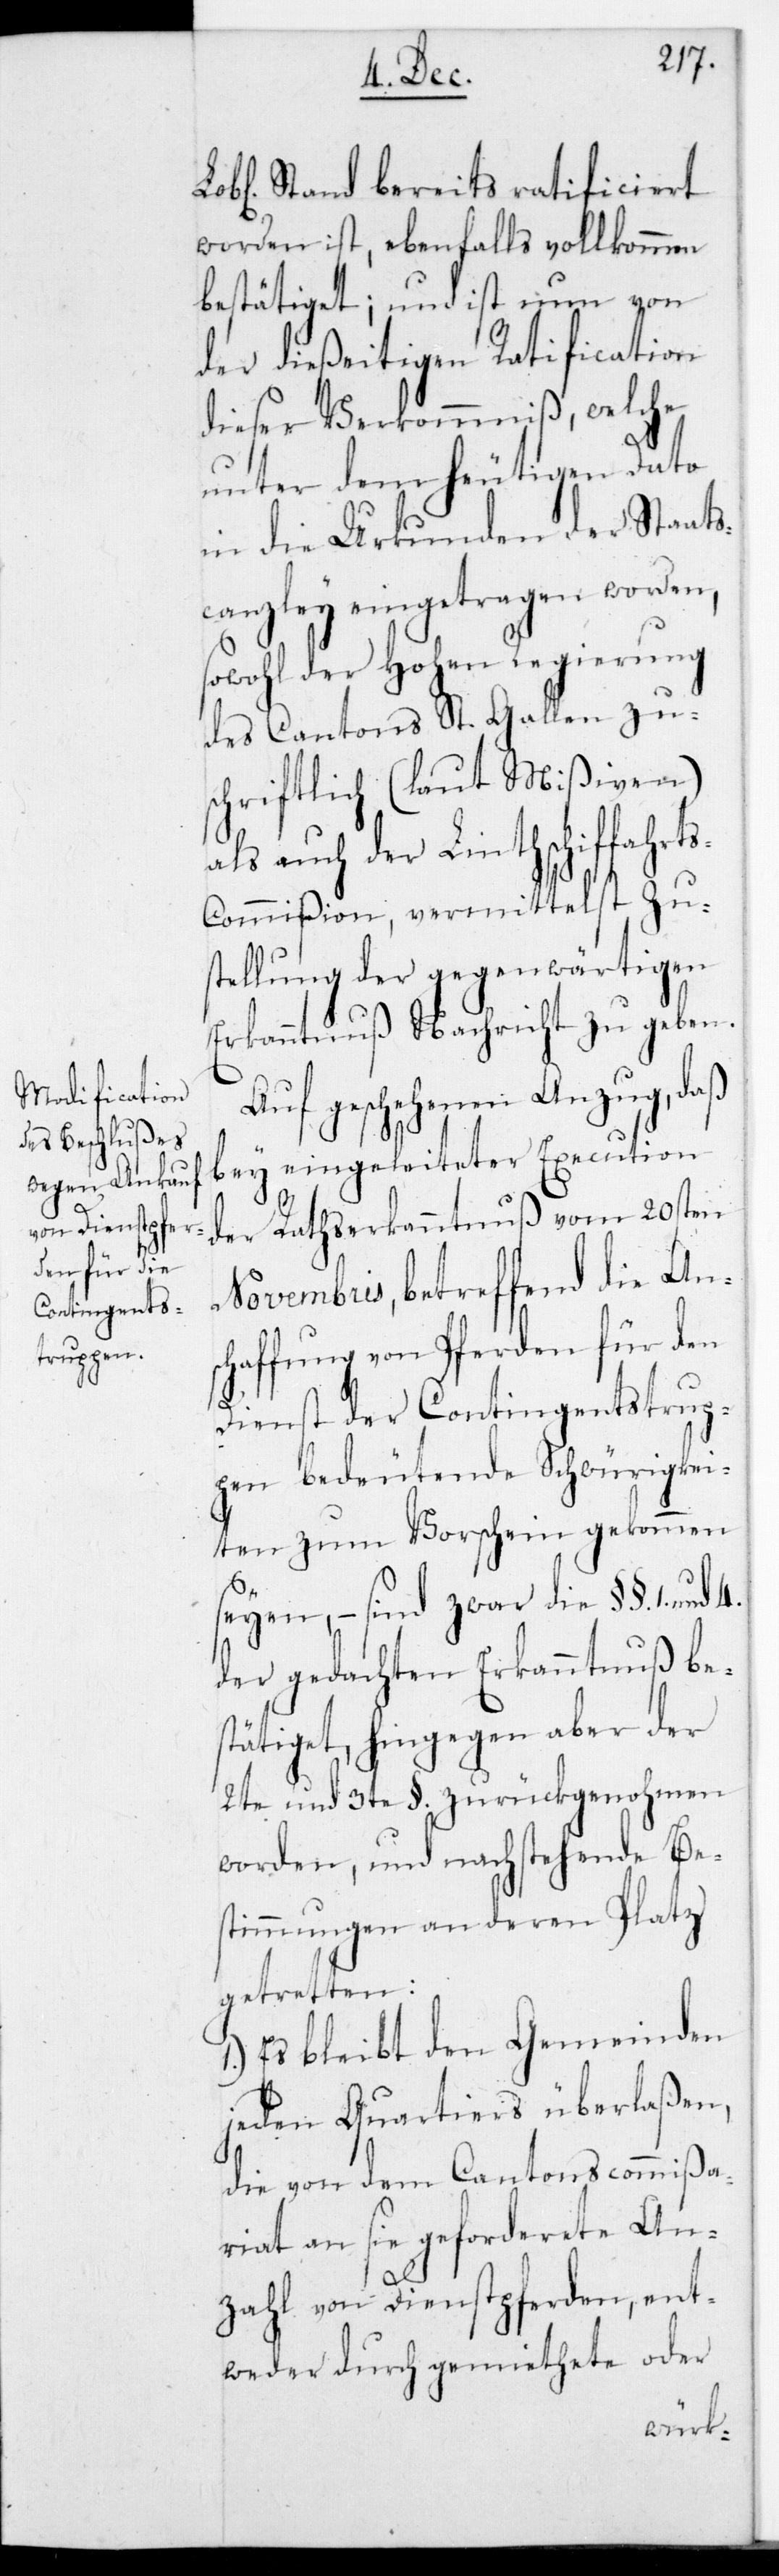
Lobl. Stand bereits ratificiert
worden ist, ebenfalls vollkommen
bestätiget; und ist nun von
der dießeitigen Ratification
dieser Verkommniß, welche
unter dem heutigen Dato
in die Urkunden der Staats¬
canzley eingetragen worden,
sowohl der Hohen Regierung
des Cantons St. Gallen zu¬
schriftlich (laut Mißiven)
als auch der Linthschiffahrt¬
s-Commißion, vermittelst Zu¬
stellung der gegenwärtigen
Erkanntnuß, Nachricht zu geben.
Auf geschehenen Anzug, daß
bey eingeleiteter Execution
der Rathserkanntnuß vom 20sten
Novembris, betreffend die Ans¬
chaffung von Pferden für den
Dienst der Contingentstrup¬
pen bedeutende Schwürigkei¬
ten zum Vorschein gekommen
seien, – sind zwar die §.§.. 1.
der gedachten Erkanntnuß be¬
stätiget, hingegen aber der
2te und 3te §.. zurückgenohmen
worden, und nachstehende Be¬
stimmungen an deren Platz
getretten:
1.) Es bleibt den Gemeinden
jeden Quartiers überlaßen,
die von dem Cantonscommißa¬
riat an sie geforderete An¬
zahl von Dienstpferden, ent¬
weder durch gemiethete oder